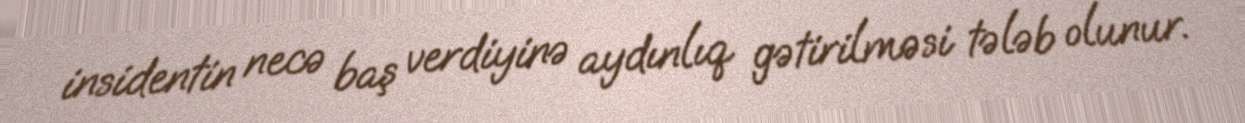
insidentin necə baş verdiyinə aydınlıq gətirilməsi tələb olunur.